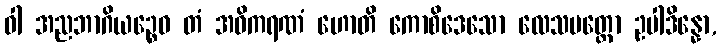
ဝါ အညဘာဂိယဉ္စေဝ တံ အဓိကရဏံ ဟောတိ ကောစိဒေသော လေသမတ္တော ဥပါဒိန္နော,